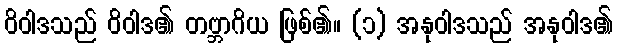
ဝိဝါဒသည် ဝိဝါဒ၏ တဗ္ဘာဂိယ ဖြစ်၏။ (၁) အနုဝါဒသည် အနုဝါဒ၏